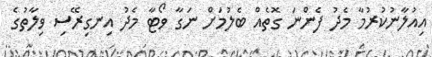
އިއުލާނުކުރުމާ މެދު ފެންނަ ގޮތެއް ބެލުމަށް ނަގާ ވޯޓާ މެދު އިނގިރޭސި ވިލާތުގެ